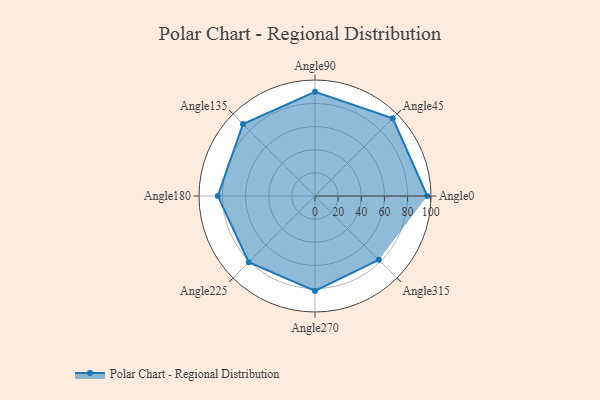
{"axis": {"x": "Angle", "y": "Radius"}, "legend": [""], "data": [{"x": "Angle0", "y": 97.0, "type": ""}, {"x": "Angle45", "y": 95.0, "type": ""}, {"x": "Angle90", "y": 90.0, "type": ""}, {"x": "Angle135", "y": 88.0, "type": ""}, {"x": "Angle180", "y": 84.0, "type": ""}, {"x": "Angle225", "y": 81.0, "type": ""}, {"x": "Angle270", "y": 82.0, "type": ""}, {"x": "Angle315", "y": 78.0, "type": ""}]}